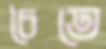
চৈতে